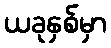
ယခုနှစ်မှာ